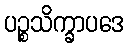
ပဉ္စသိက္ခာပဒေ